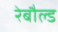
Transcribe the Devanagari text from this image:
रेबौल्ड